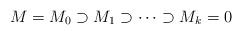
LaTeX: \begin{align*}M = M_0 \supset M_1 \supset \cdots \supset M_k = 0\end{align*}